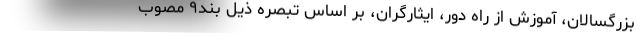
بزرگسالان، آموزش از راه دور، ایثارگران، بر اساس تبصره ذیل بند۹ مصوب